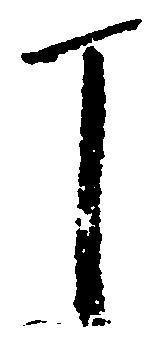
丁